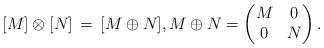
LaTeX: \begin{align*}[M]\otimes [N] \,=\, [M\oplus N], M\oplus N = \begin{pmatrix}M&0 \\ 0&N\end{pmatrix}. \end{align*}